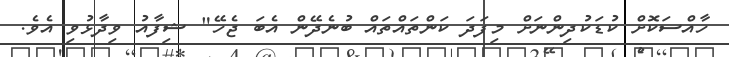
ހާއްސަކޮށް ކުޑަކުދިންނަށް މިފަދަ ކަންތައްތައް ބުނެދޭން އެބަ ޖެހޭ" ޝިފާއު ވިދާޅުވި އެވެ.